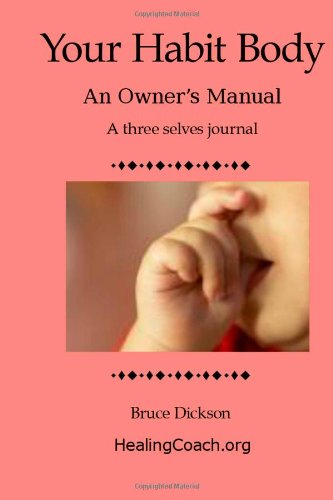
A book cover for Your Habit Body: An Owner's Manual (Best Practices in Energy Medicine Series); Bruce Dickson; Self-Help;